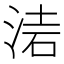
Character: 𣶥